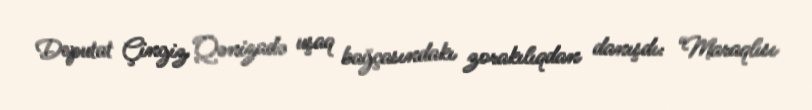
Deputat Çingiz Qənizadə uşaq bağçasındakı zorakılıqdan danışdı: “Maraqlısı